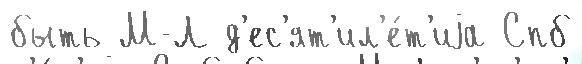
быть М-Л д'ес'ят'ил'е́т'иjа Спб